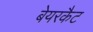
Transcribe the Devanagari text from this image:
बेयरकैट